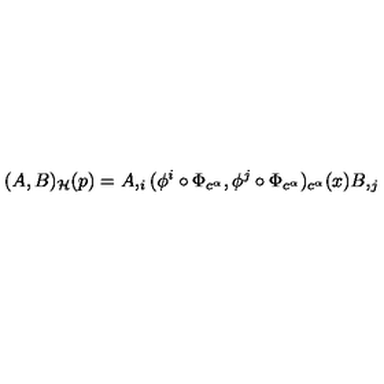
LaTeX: ( A , B ) _ { \cal H } ( p ) = A , _ { i } ( \phi ^ { i } \circ \Phi _ { c ^ { \alpha } } , \phi ^ { j } \circ \Phi _ { c ^ { \alpha } } ) _ { c ^ { \alpha } } ( x ) B , _ { j }